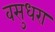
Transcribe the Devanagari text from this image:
वसुधरा